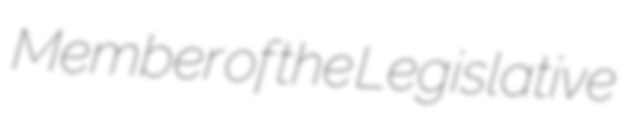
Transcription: Member of the Legislative